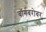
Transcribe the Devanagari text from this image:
बॉर्गबरोबर